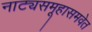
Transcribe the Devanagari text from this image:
नाट्यसमूहासमवेत